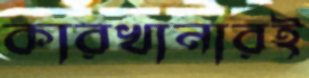
কারখানারই